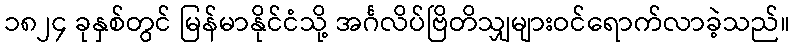
၁၈၂၄ ခုနှစ်တွင် မြန်မာနိုင်ငံသို့ အင်္ဂလိပ်ဗြိတိသျှများဝင်ရောက်လာခဲ့သည်။